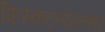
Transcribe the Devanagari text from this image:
फिस्कटल्यानंतर